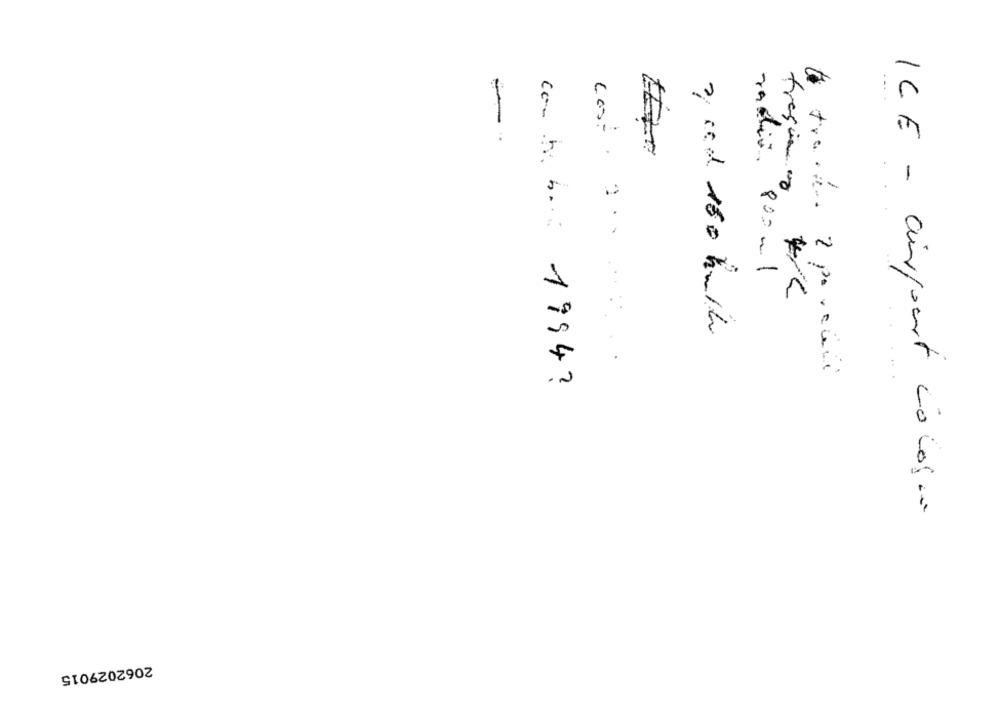
-
radio. 800 ml
2. ca 150 km/h
to track. 2 porcali
can be be: 1994 ?
ICE - airport cologie
2062029015